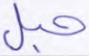
حبل